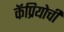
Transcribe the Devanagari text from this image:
कॅप्रियोची